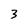
Character: 3